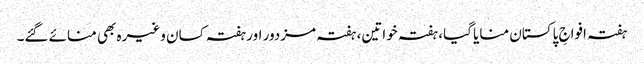
ہفتہ افواجِ پاکستان منایا گیا، ہفتہ خواتین، ہفتہ مزدور اور ہفتہ کسان وغیرہ بھی منائے گئے۔